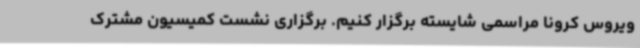
ویروس کرونا مراسمی شایسته برگزار کنیم. برگزاری نشست کمیسیون مشترک